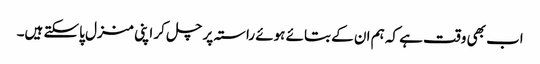
اب بھی وقت ہے کہ ہم ان کے بتائے ہوئے راستہ پر چل کر اپنی منزل پاسکتے ہیں۔